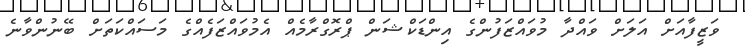
ވަޒީފާއަށް އަލަށް ވައްދާ މުވައްޒަފުންގެ އިންޑަކްޝަން ޕްރޮގްރާމެއް އެމުވައްޒަފެއްގެ މަސައްކަތަށް ބޭނުންވާނެ